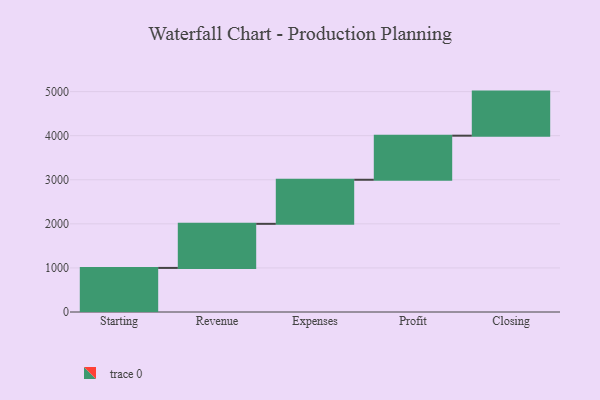
{"axis": {"x": "Step", "y": "Value"}, "legend": [""], "data": [{"x": "Starting", "y": 1000, "type": ""}, {"x": "Revenue", "y": 1000, "type": ""}, {"x": "Expenses", "y": 1000, "type": ""}, {"x": "Profit", "y": 1000, "type": ""}, {"x": "Closing", "y": 1000, "type": ""}]}